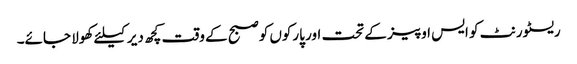
ریسٹورنٹ کو ایس او پیز کے تحت اور پارکوں کوصبح کے وقت کچھ دیر کیلئے کھولا جائے۔